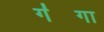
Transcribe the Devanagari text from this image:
ग॑गा